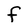
Character: F